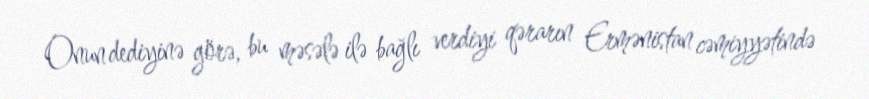
Onun dediyinə görə, bu məsələ ilə bağlı verdiyi qərarın Ermənistan cəmiyyətində